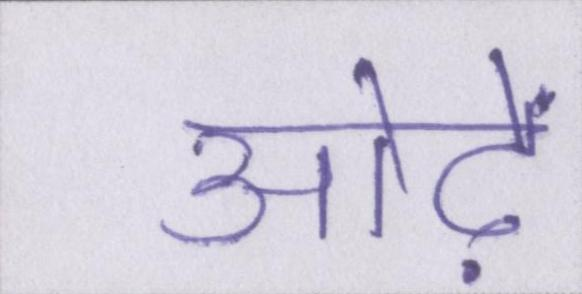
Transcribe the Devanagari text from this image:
ओढ़ें